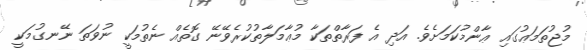
މުޖުތަމަޢުގައި ޢާންމުކަމަށެވެ. އަދި އެ ފަރާތްތަކާ މުޢާމަލާތުކުރެވޭނޭ ގޮތެއް ނެތުމަކީ ނުވަތަ ނޭނގުމަކީ